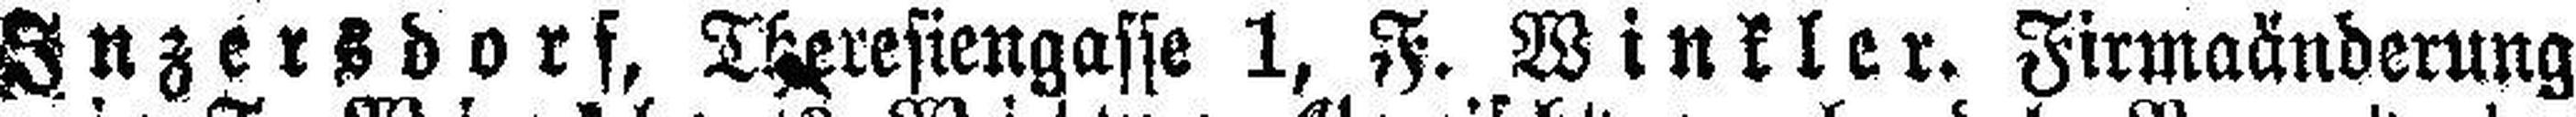
Inzersdors, Theresiengasse 1, F. Winkler. Firmaänderung